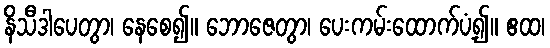
နိသီဒါပေတွာ၊ နေစေ၍။ ဘောဇေတွာ၊ ပေးကမ်းထောက်ပံ့၍။ ဧထ၊